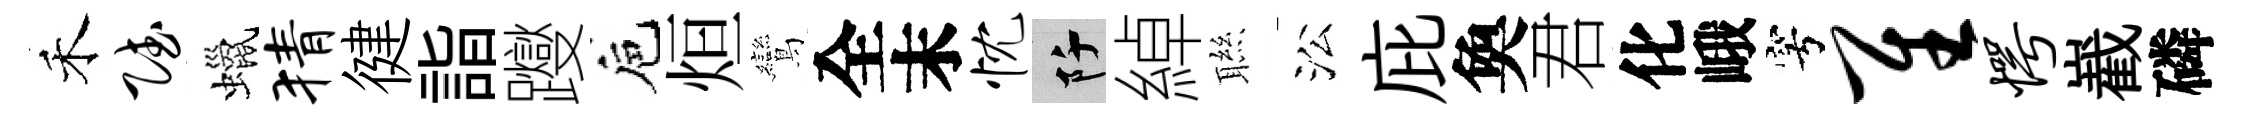
禾赋蠟猜徤詣躞巵烜鸞全末忱阡綽聮㳂庇奐君化峨穹隹愕嶻磷